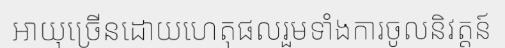
អាយុច្រើនដោយហេតុផលរួមទាំងការចូលនិវត្តន៍